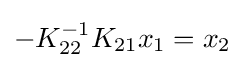
-K_{22}^{-1}K_{21}x_{1}=x_{2}